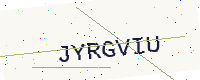
Text: JYRGVIU